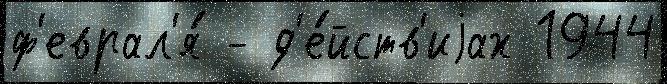
ф'еврал'я́ - д'е́йств'иjах 1944